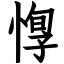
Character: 惸